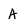
Character: A